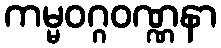
ကမ္မဝဂ္ဂဝဏ္ဏနာ